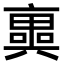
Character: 𠆑